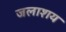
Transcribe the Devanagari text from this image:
जलाश्‍ाय